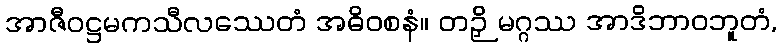
အာဇီဝဋ္ဌမကသီလဿေတံ အဓိဝစနံ။ တဉှိ မဂ္ဂဿ အာဒိဘာဝဘူတံ,